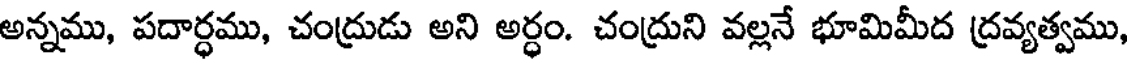
అన్నము, పదార్ధము, చంద్రుడు అని అర్ధం. చంద్రుని వల్లనే భూమిమీద ద్రవ్యత్వము,